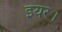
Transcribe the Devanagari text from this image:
इयर।